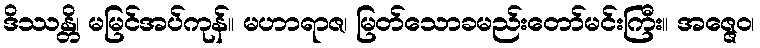
ဒိဿန္တိ၊ မမြင်အပ်ကုန်။ မဟာရာဇ၊ မြတ်သောခမည်းတော်မင်းကြီး။ အဇ္ဇေဝ၊